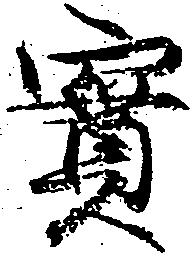
実